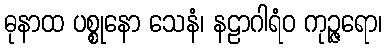
ဓုနာထ ပစ္စုနော သေနံ၊ နဠာဂါရံဝ ကုဉ္ဇရော၊